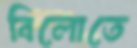
বিলোতে